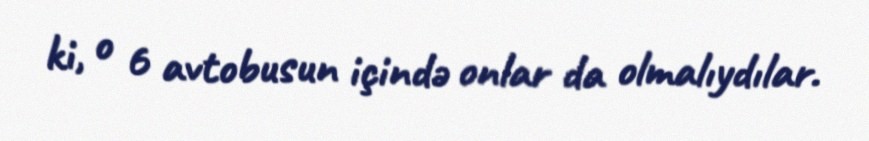
ki, o 6 avtobusun içində onlar da olmalıydılar.